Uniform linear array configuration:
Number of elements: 16
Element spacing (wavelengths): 0.5
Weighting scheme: cosine
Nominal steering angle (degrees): -30
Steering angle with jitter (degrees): -30.292
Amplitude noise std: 0.05
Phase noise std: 0.05

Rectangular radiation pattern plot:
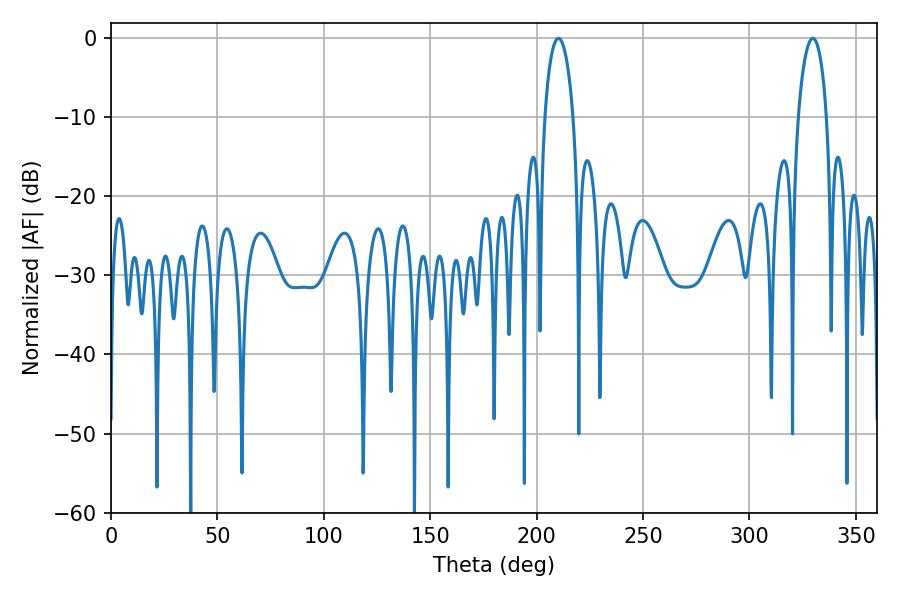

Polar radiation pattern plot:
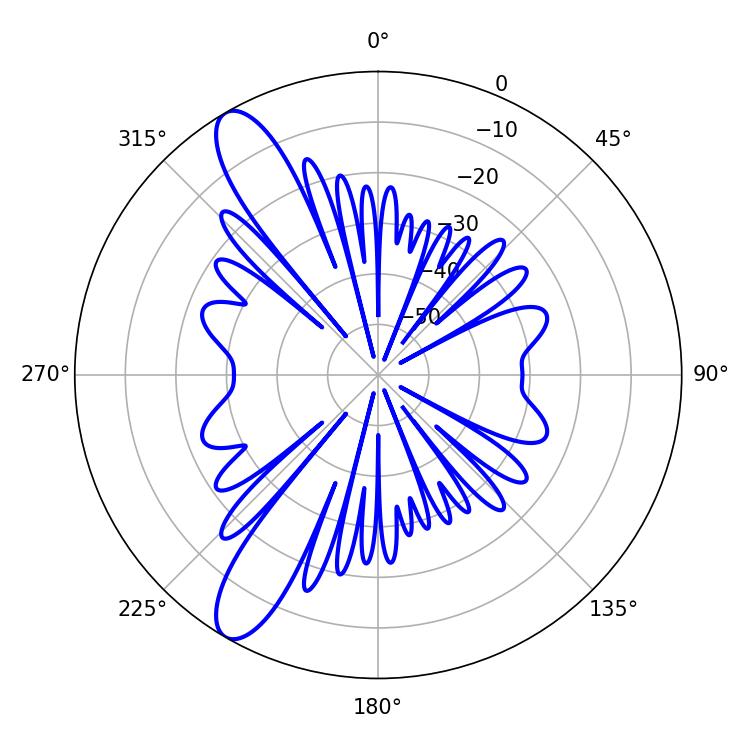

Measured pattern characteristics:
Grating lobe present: FALSE
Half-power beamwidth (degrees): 7.74
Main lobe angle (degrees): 210.24